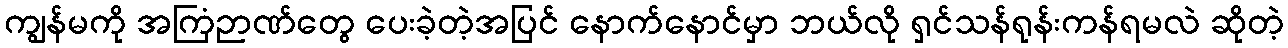
ကျွန်မကို အကြံဉာဏ်တွေ ပေးခဲ့တဲ့အပြင် နောက်နောင်မှာ ဘယ်လို ရှင်သန်ရုန်းကန်ရမလဲ ဆိုတဲ့